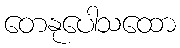
တေနုပေါသထော